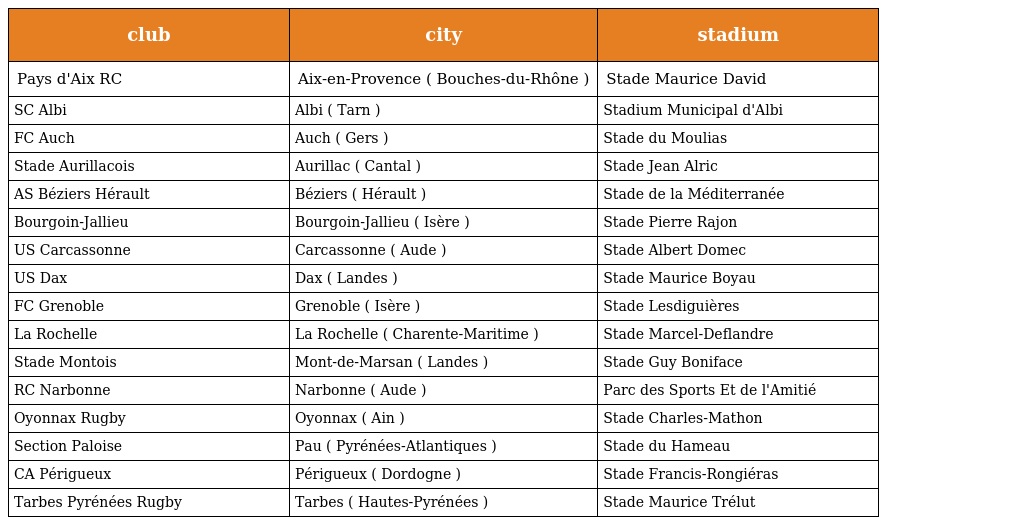
| club | city | stadium |
 | --- | --- | --- |
 | Pays d'Aix RC | Aix-en-Provence ( Bouches-du-Rhône ) | Stade Maurice David |
 | SC Albi | Albi ( Tarn ) | Stadium Municipal d'Albi |
 | FC Auch | Auch ( Gers ) | Stade du Moulias |
 | Stade Aurillacois | Aurillac ( Cantal ) | Stade Jean Alric |
 | AS Béziers Hérault | Béziers ( Hérault ) | Stade de la Méditerranée |
 | Bourgoin-Jallieu | Bourgoin-Jallieu ( Isère ) | Stade Pierre Rajon |
 | US Carcassonne | Carcassonne ( Aude ) | Stade Albert Domec |
 | US Dax | Dax ( Landes ) | Stade Maurice Boyau |
 | FC Grenoble | Grenoble ( Isère ) | Stade Lesdiguières |
 | La Rochelle | La Rochelle ( Charente-Maritime ) | Stade Marcel-Deflandre |
 | Stade Montois | Mont-de-Marsan ( Landes ) | Stade Guy Boniface |
 | RC Narbonne | Narbonne ( Aude ) | Parc des Sports Et de l'Amitié |
 | Oyonnax Rugby | Oyonnax ( Ain ) | Stade Charles-Mathon |
 | Section Paloise | Pau ( Pyrénées-Atlantiques ) | Stade du Hameau |
 | CA Périgueux | Périgueux ( Dordogne ) | Stade Francis-Rongiéras |
 | Tarbes Pyrénées Rugby | Tarbes ( Hautes-Pyrénées ) | Stade Maurice Trélut |